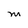
Character: M